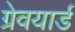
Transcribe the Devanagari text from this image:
ग्रेवयार्ड